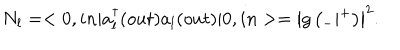
LaTeX: N _ { l } = < 0 , i n | a _ { l } ^ { \dagger } ( o u t ) a _ { l } ( o u t ) | 0 , i n > = \left| g \left( { } _ { - } | { } ^ { + } \right) \right| ^ { 2 } .